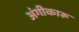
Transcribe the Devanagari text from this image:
अंगीकारू